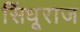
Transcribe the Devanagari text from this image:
सिंधूराज